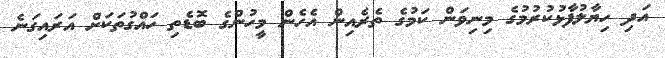
އަދި ހިޔާލުފާޅުކުރުމުގެ މިނިވަން ކަމުގެ ތެރެއިން އެހެން މީހުންގެ ބޮޑެތި ހައްގުތަކަށް އަރައިގަނެ